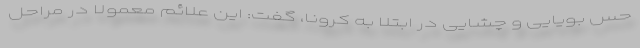
حس بویایی و چشایی در ابتلا به کرونا، گفت: این علائم معمولاً در مراحل